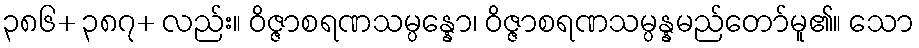
၃၈၆+ ၃၈၇+ လည်း။ ဝိဇ္ဇာစရဏသမ္ပန္နော၊ ဝိဇ္ဇာစရဏသမ္ပန္နမည်တော်မူ၏။ သော